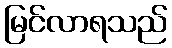
မြင်လာရသည်